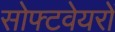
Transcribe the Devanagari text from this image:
सोफ्टवेयरों